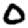
Digit: 0